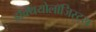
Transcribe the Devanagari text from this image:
इक्थियोलॉजिस्ट्स